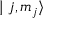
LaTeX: \mid j , m _ { j } \rangle